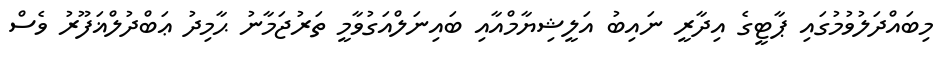
މިބައްދަލުވުމުގައި ޕާޓީގެ އިދާރީ ނައިބު އަލީޝިޔާމްއާއި ބައިނަލްއަގުވާމީ ތަރުޖަމާނު ޙާމިދު ޢަބްދުލްޣަފޫރު ވެސް